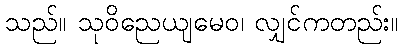
သည်။ သုဝိညေယျမေဝ၊ လျှင်ကတည်း။